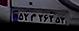
۵۲م۳۶۳۵۳